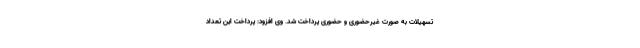
تسهیلات به صورت غیرحضوری و حضوری پرداخت شد. وی افزود: پرداخت این تعداد